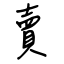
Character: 賣